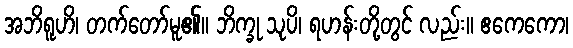
အဘိရူဟိ၊ တက်တော်မူ၏။ ဘိက္ခု သုပိ၊ ရဟန်းတို့တွင် လည်း။ ဧကေကော၊